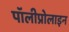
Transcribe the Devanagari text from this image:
पॉलीप्रोलाइन